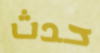
حدث